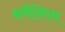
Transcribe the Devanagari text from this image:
कवैलियर